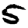
Digit: 5